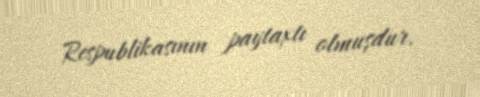
Respublikasının paytaxtı olmuşdur.